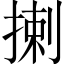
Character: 揦